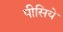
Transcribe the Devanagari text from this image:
पीसिये